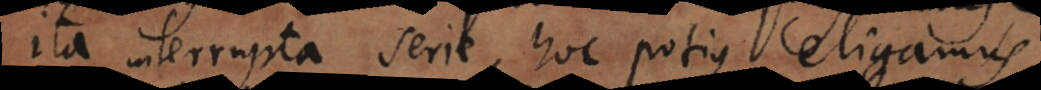
ita interrupta serie, hoc potius eligamus,